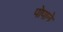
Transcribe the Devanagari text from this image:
पोपाने